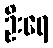
ဦးရေ